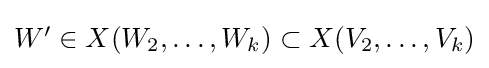
{\textstyle W'\in X(W_{2},\dots ,W_{k})\subset X(V_{2},\dots ,V_{k})}